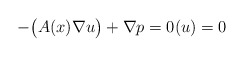
\begin{align*} - \big(A(x)\nabla u\big) +\nabla p=0 (u)=0\end{align*}